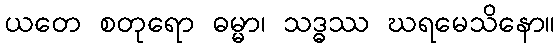
ယတေ စတုရော ဓမ္မာ၊ သဒ္ဓဿ ဃရမေသိနော။